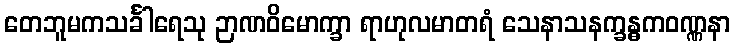
တေဘူမကသင်္ခါရေသု ဉာဏဝိမောက္ခာ ရာဟုလမာတရံ သေနာသနက္ခန္ဓကဝဏ္ဏနာ